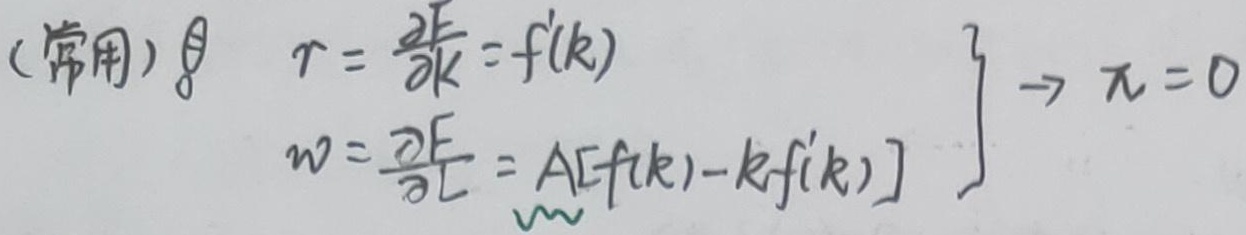
(常用) $\left.
\begin{array}{l}
r = \frac{\partial F}{\partial K}=f'(k) \\
w=\frac{\partial F}{\partial L}=A[f(k)-kf'(k)]
\end{array}
\right\} \to \pi = 0$